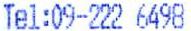
TEL:09-222 6498